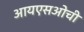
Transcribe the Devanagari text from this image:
आयएसओची